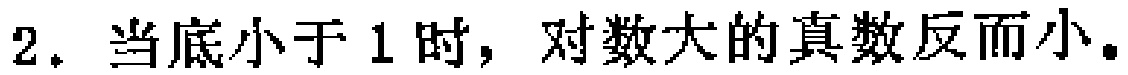
2. 当底小于1时，对数大的真数反而小。